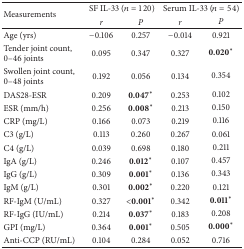
<table><thead><tr><td rowspan="2"><b>Measurements</b></td><td colspan="2"><b>SF IL-33 (<i>n</i> = 120)</b></td><td colspan="2"><b>Serum IL-33 (<i>n</i> = 54)</b></td></tr><tr><td><b><i>r </i></b></td><td><b><i>P </i></b></td><td><b><i>r </i></b></td><td><b><i>P </i></b></td></tr></thead><tbody><tr><td>Age (yrs)</td><td>−0.106</td><td>0.257</td><td>−0.014</td><td>0.921</td></tr><tr><td>Tender joint count, 0–46 joints</td><td>0.095</td><td>0.347</td><td>0.327</td><td><b>0.020</b>*</td></tr><tr><td>Swollen joint count, 0–48 joints</td><td>0.192</td><td>0.056</td><td>0.134</td><td>0.354</td></tr><tr><td>DAS28-ESR</td><td>0.209</td><td><b>0.047</b>*</td><td>0.253</td><td>0.102</td></tr><tr><td>ESR (mm/h)</td><td>0.256</td><td><b>0.008</b>*</td><td>0.213</td><td>0.150</td></tr><tr><td>CRP (mg/L)</td><td>0.166</td><td>0.073</td><td>0.219</td><td>0.116</td></tr><tr><td>C3 (g/L)</td><td>0.113</td><td>0.260</td><td>0.267</td><td>0.061</td></tr><tr><td>C4 (g/L)</td><td>0.039</td><td>0.698</td><td>0.180</td><td>0.211</td></tr><tr><td>IgA (g/L)</td><td>0.246</td><td><b>0.012</b>*</td><td>0.107</td><td>0.457</td></tr><tr><td>IgG (g/L)</td><td>0.309</td><td><b>0.001</b>*</td><td>0.136</td><td>0.343</td></tr><tr><td>IgM (g/L)</td><td>0.301</td><td><b>0.002</b>*</td><td>0.220</td><td>0.121</td></tr><tr><td>RF-IgM (U/mL)</td><td>0.327</td><td><b>&lt;0.001</b>*</td><td>0.342</td><td><b>0.011</b>*</td></tr><tr><td>RF-IgG (IU/mL)</td><td>0.214</td><td><b>0.037</b>*</td><td>0.183</td><td>0.208</td></tr><tr><td>GPI (mg/L)</td><td>0.364</td><td><b>0.001</b>*</td><td>0.505</td><td><b>0.000</b>*</td></tr><tr><td>Anti-CCP (RU/mL)</td><td>0.104</td><td>0.284</td><td>0.052</td><td>0.716</td></tr></tbody></table>